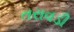
તરાવડી